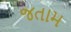
જતામ